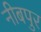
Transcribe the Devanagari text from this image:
नीबपुर